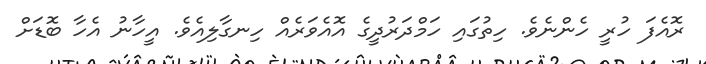
ރޮއެފަ ހުރީ ހެންނެވެ. ހިތުގައި ހަމްދަރުދީގެ އޮއެވަރެއް ހިނގާލިއެވެ. އީހާނު އެހާ ބޮޑަށް